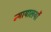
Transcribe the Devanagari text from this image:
न्यायालयोंं